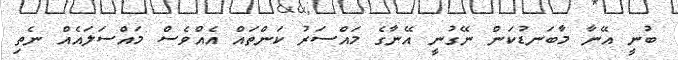
ބުނީ އޭނާ މާބަނޑުކަން ނޭގުނީ އޭނާގެ މައްސަރު ކަންތައް އެއްވެސް މައްސަލައެއް ނެތި